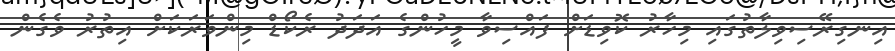
އިނގިރޭސިވިލާތުގައި މިހާރު ކޮވިޑަށް ފައްސިވާ މީހުންގެ އަދަދު ރެކޯޑް މިންވަރަކަށް އިތުރު ވެގެން